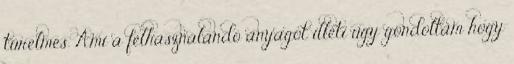
türelmes. Ami a felhasználandó anyagot illeti úgy gondoltam hogy